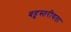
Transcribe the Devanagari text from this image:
बहुस्तरीयता